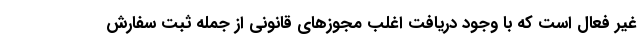
غیر فعال است که با وجود دریافت اغلب مجوزهای قانونی از جمله ثبت سفارش